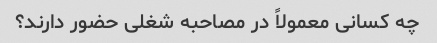
چه کسانی معمولاً در مصاحبه شغلی حضور دارند؟